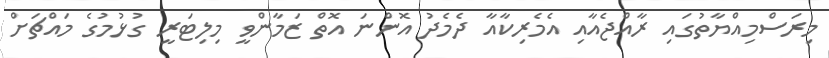
މިރަސްމިއްޔާތުގައި ރާއްޖެއާއި އެމެރިކާއާ ދެމެދު އޮންނަ އޮތް ޒަމާންވީ މިލިޓަރީ ގުޅުމުގެ މައްޗަށް